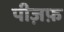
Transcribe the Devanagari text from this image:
पीज़फ़